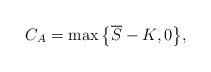
LaTeX: \begin{align*}C_A = \max\big\{ \overline{S} - K, 0 \big\},\end{align*}